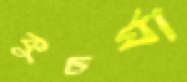
কুচর্যা